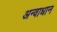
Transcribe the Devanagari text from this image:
अन्वाधान